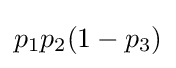
p_{1}p_{2}(1-p_{3})